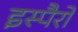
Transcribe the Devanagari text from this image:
इस्पैरो